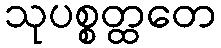
သုပစ္စတ္ထတေ